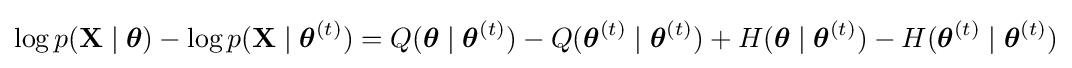
\log p(\mathbf {X} \mid {\boldsymbol {\theta }})-\log p(\mathbf {X} \mid {\boldsymbol {\theta }}^{(t)})=Q({\boldsymbol {\theta }}\mid {\boldsymbol {\theta }}^{(t)})-Q({\boldsymbol {\theta }}^{(t)}\mid {\boldsymbol {\theta }}^{(t)})+H({\boldsymbol {\theta }}\mid {\boldsymbol {\theta }}^{(t)})-H({\boldsymbol {\theta }}^{(t)}\mid {\boldsymbol {\theta }}^{(t)})